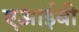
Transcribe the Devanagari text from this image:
एआईबी